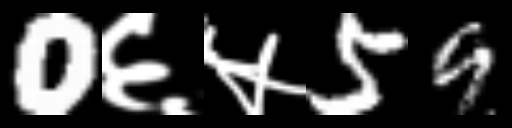
Text: 0६५59